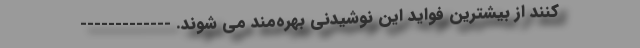
کنند از بیشترین فواید این نوشیدنی بهره‌مند می شوند. -------------